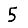
Digit: 5